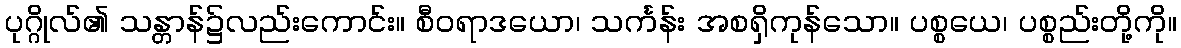
ပုဂ္ဂိုလ်၏ သန္တာန်၌လည်းကောင်း။ စီဝရာဒယော၊ သင်္ကန်း အစရှိကုန်သော။ ပစ္စယေ၊ ပစ္စည်းတို့ကို။